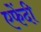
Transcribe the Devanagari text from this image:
एफेंदी